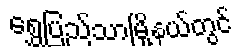
ရွှေပြည်သာမြို့နယ်တွင်